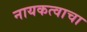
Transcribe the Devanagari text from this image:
नायकत्वाचा